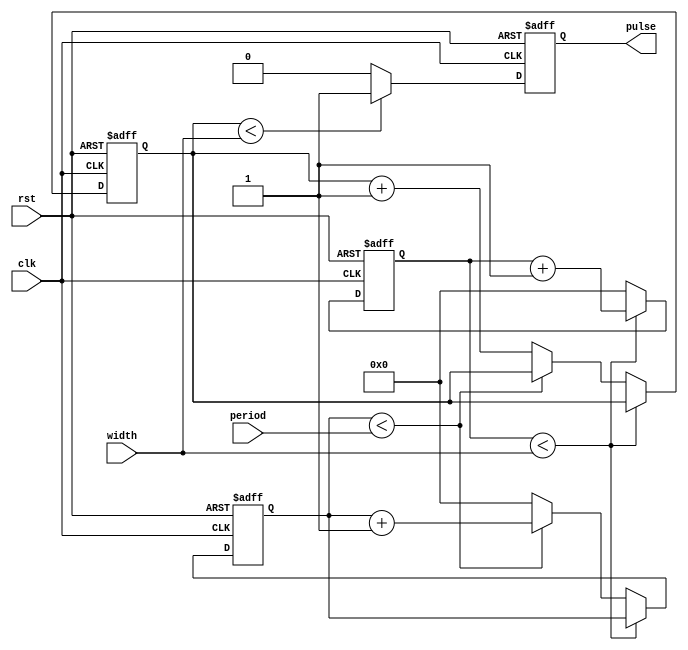
module PulseGenerator(
        input wire clk,
        input wire rst,
        input wire width,
        input wire period,
        output reg pulse
);
    
reg [31:0] cnt_width;
reg [31:0] cnt_period;
reg [31:0] cnt_pulse;

always @(posedge clk or posedge rst) begin
    if(rst) begin
        pulse <= 1'b0;
        cnt_width <= 32'b0;
        cnt_period <= 32'b0;
        cnt_pulse <= 32'b0;
    end else begin
        if(cnt_width < width) begin
            cnt_width <= cnt_width + 1;
        end else if(cnt_period < period) begin
            cnt_width <= 32'b0;
            cnt_period <= cnt_period + 1;
        end else begin
            cnt_width <= 32'b0;
            cnt_period <= 32'b0;
            cnt_pulse <= cnt_pulse + 1;
        end
        
        if(cnt_pulse < width) begin
            pulse <= 1'b1;
        end else begin
            pulse <= 1'b0;
        end
    end
end

endmodule